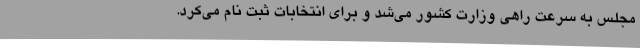
مجلس به سرعت راهی وزارت کشور می‌شد و برای انتخابات ثبت نام می‌کرد.